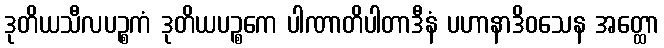
ဒုတိယသီလပဉ္စကံ ဒုတိယပဉ္စကေ ပါဏာတိပါတာဒီနံ ပဟာနာဒိဝသေန အတ္ထော